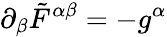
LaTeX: \partial_{\beta}\tilde{F}^{\alpha\beta}=-g^{\alpha}